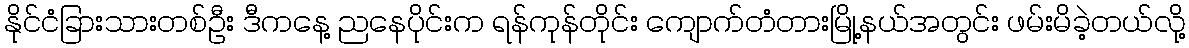
နိုင်ငံခြားသားတစ်ဦး ဒီကနေ့ ညနေပိုင်းက ရန်ကုန်တိုင်း ကျောက်တံတားမြို့နယ်အတွင်း ဖမ်းမိခဲ့တယ်လို့